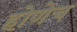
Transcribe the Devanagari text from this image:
होणेच